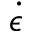
\dot { \epsilon }